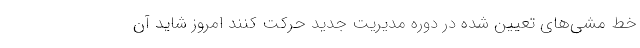
خط مشی‌های تعیین شده در دوره مدیریت جدید حرکت کنند امروز شاید آن